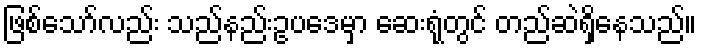
ဖြစ်သော်လည်း သည်နည်းဥပဒေမှာ ဆေးရုံတွင် တည်ဆဲရှိနေသည်။